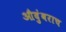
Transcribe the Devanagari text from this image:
औदुंबराच